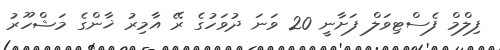
ފިލްމް ފެސްޓިވަލް ފަށާނީ 20 ވަނަ ދުވަހުގެ ރޭ އާމިރު ޚާންގެ މަޝްހޫރު